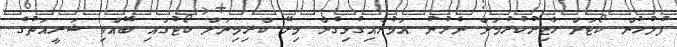
ފުލުހުން ކޯޓަށް ހާޒިރުކުރުމަށް ނެރުނު އަމުރާއިގުޅިގެން މިރޭ ކްރިމިނަލް ކޯޓުގައި ބޭއްވި ޝަރީއަތުގެ